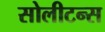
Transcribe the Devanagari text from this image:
सोलीटन्स